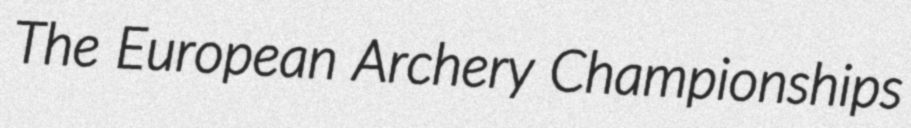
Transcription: The European Archery Championships